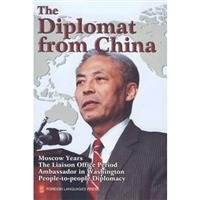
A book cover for The Diplomat from China; Hong Ruan; Biographies & Memoirs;